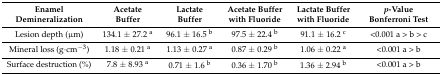
| Enamel Demineralization | Acetate Buffer | Lactate Buffer | Acetate Buffer with Fluoride | Lactate Buffer with Fluoride | p-Value Bonferroni Test |
 | --- | --- | --- | --- | --- | --- |
 | Lesion depth (μm) | 134.1 ± 27.2 a | 96.1 ± 16.5 b | 97.5 ± 22.4 b | 91.1 ± 16.2 c | <0.001 a > b > c |
 | Mineral loss (g·cm−3) | 1.18 ± 0.21 a | 1.13 ± 0.27 a | 0.87 ± 0.29 b | 1.06 ± 0.22 a | <0.001 a > b |
 | Surface destruction (%) | 7.8 ± 8.93 a | 0.71 ± 1.6 b | 0.36 ± 1.70 b | 1.36 ± 2.94 b | <0.001 a > b |